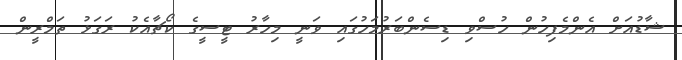
ޝާޑުއަށް އެންމެފިހުން ހުސްވި ޑިސެންބަރުމަހުގައި ވަނީ މިހާރު ޓީސީގެ ކޯޗާއެކު ރަގަޅު ތަމްރީން